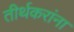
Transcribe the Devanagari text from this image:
तीर्थकरांना